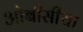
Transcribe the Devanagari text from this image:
ओबीसीचा